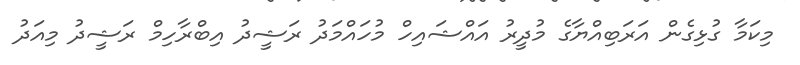
މިކަމާ ގުޅިގެން އަރަބިއްޔާގެ މުދީރު އައްޝައިހް މުހައްމަދު ރަޝީދު އިބްރާހިމް ރަޝީދު މިއަދު